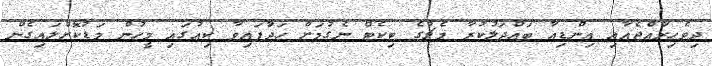
ދިވެހިރާއްޖެއާއި އިންޑިއާ ބައްދަލުކުރާ މެޗުގެ ޓިކެޓް ނެގުމަށް ހަދާަފައިވާ ކިއުގައި މީހުން މަޑުކޮށްލައިގެން